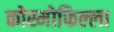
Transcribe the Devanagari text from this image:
कोस्मोफिल्ला